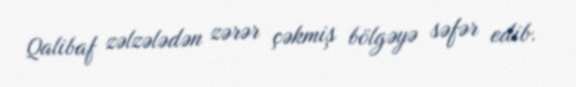
Qalibaf zəlzələdən zərər çəkmiş bölgəyə səfər edib.